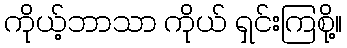
ကိုယ့်ဘာသာ ကိုယ် ရှင်းကြစို့။